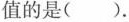
值的是( )。